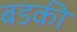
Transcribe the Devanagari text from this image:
बडकी